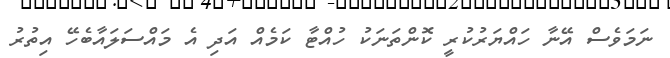
ނަމަވެސް އޭނާ ހައްޔަރުކުރީ ކޮންތަނަކު ހުއްޓާ ކަމެއް އަދި އެ މައްސަލައާބެހޭ އިތުރު